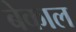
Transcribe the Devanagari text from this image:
बेकाल